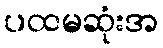
ပထမဆုံးအ